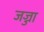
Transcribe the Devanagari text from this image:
जज्जा